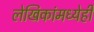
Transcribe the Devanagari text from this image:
लेखिकांमध्येही